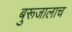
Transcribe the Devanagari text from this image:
बुरूजालाच